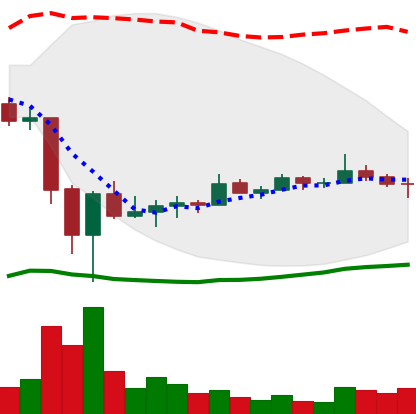
Ticker: TRX-USD
Chart end date: 2022-06-30
Forward return: 5.311%
Label: up_5_7